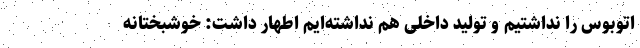
اتوبوس را نداشتیم و تولید داخلی هم نداشته‌ایم اطهار داشت: خوشبختانه